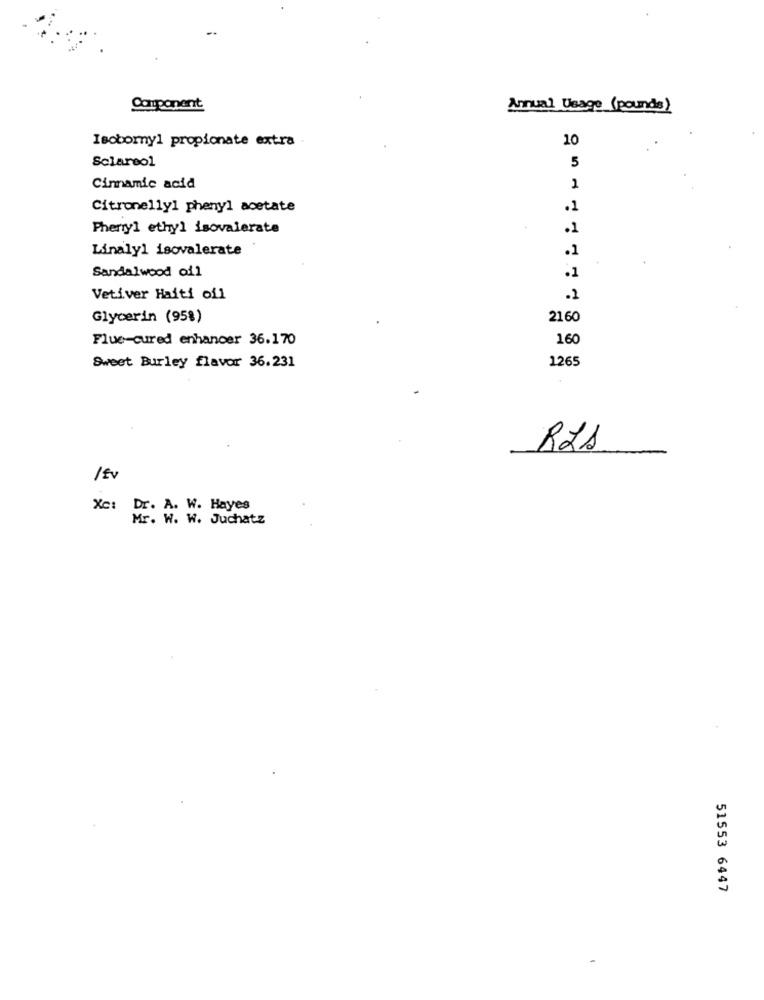
Component
Annual Usage (pounds)
Isoborny1 propionate extra .
10
Sclareol
5
Cinnamic acid
1
Citronelly1 phenyl acetate
.1
Phenyl ethyl isovalerate
.1
Linaly1 isovalerate
.1
Sandalwood ofl
.1
Vetiver Haiti oil
.1
Glycerin (95%)
2160
Flue-cured enhancer 36.170
160
1265
Sweet Burley flavor 36.231
RZA
Xc: Dr. A. W. Hayes
Mr. W. W. Juchatz
51553 6447